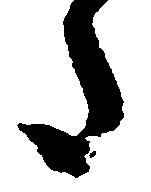
た